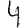
Digit: 4